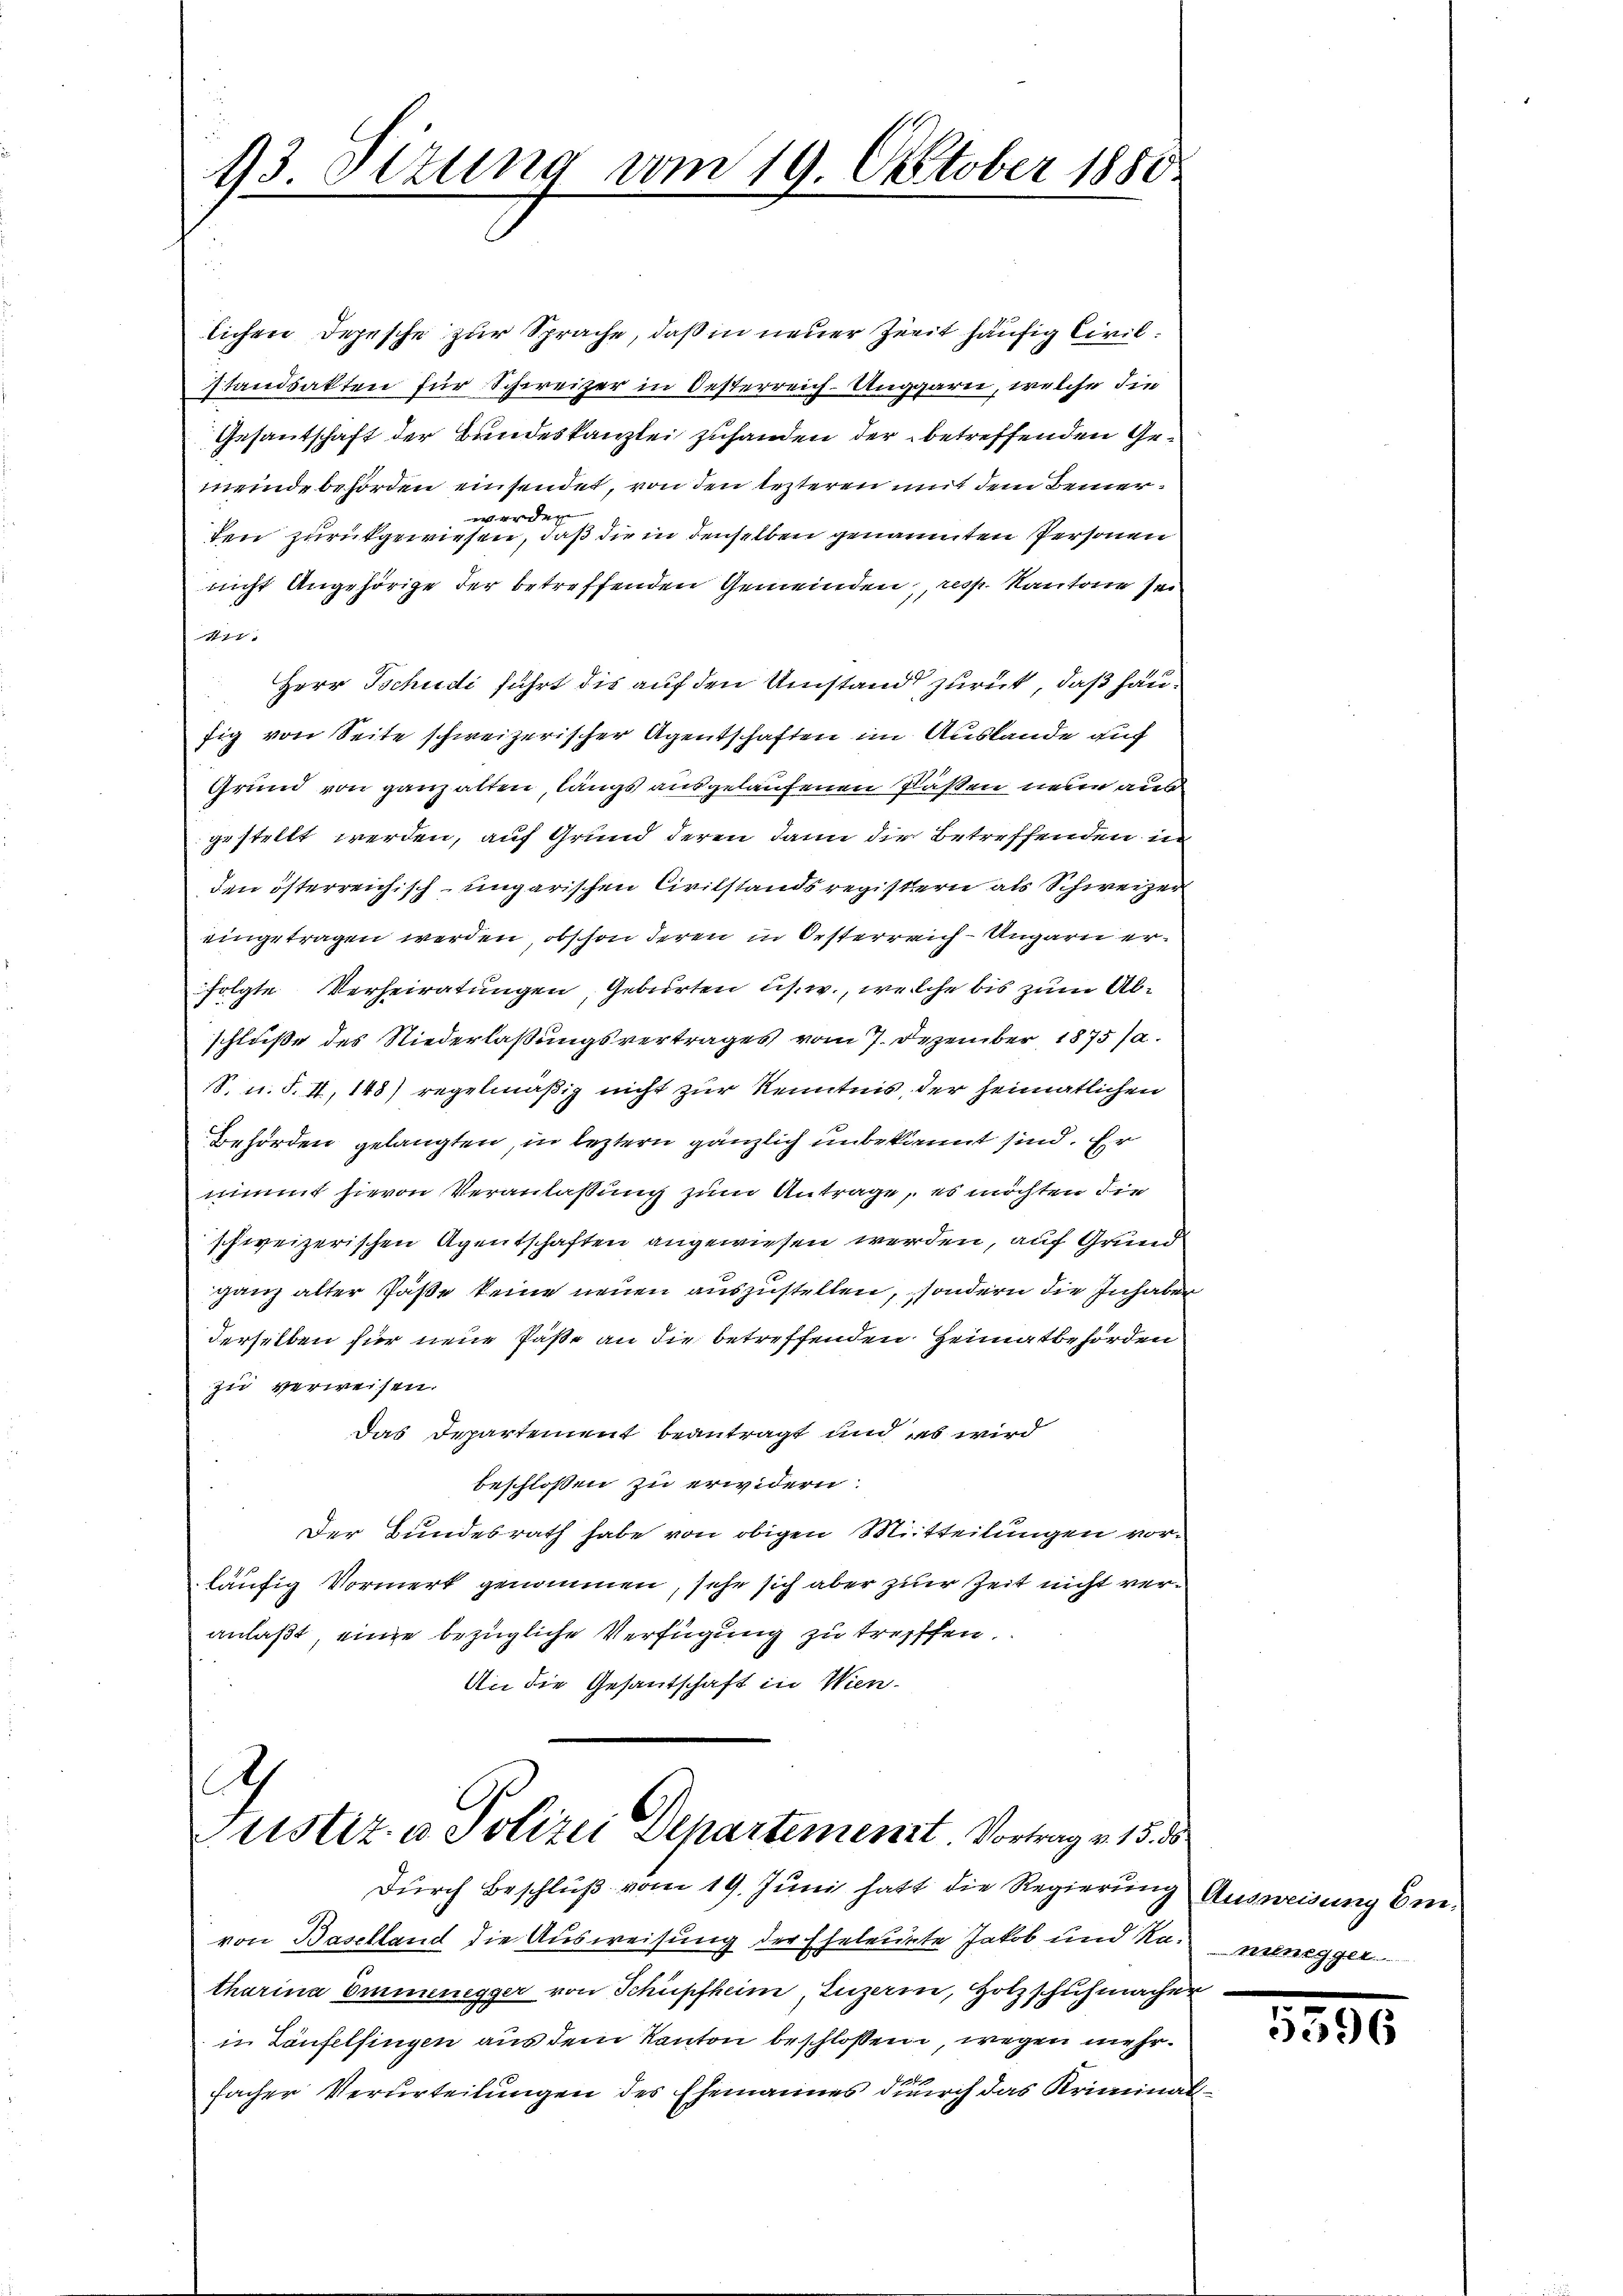
13. Situng vom 19. Oktober 1850.

Ah
l
Justiz u. Polizei Departement. Vortrag v. 15. ds.
Durch Beschluß vom 19. Juni hatt die Regierung Ausweisung bei¬

lichen Depesche zur Sprache, daß in neuer Zeit häufig Civilstandsakten für Schweizer in Oesterreich-Unggarn, welche die
Gesantschaft der Bundeskanzlei zuhanden der betreffenden Gemeindebehörden einsendet, von den lezteren mit dem Bemer¬

den zurückgewiesen, daß die in denselben genannten Personen
nicht Angehörige der betreffenden Gemeinden, resp. Kantone sei
4
Herr Tschudi führt die auf den Umstand zurück, daß haufig von Seite schweizerischer Agentschaften im Auslande auf
Grund von ganz alten, längs ausgelaufenen Flästen neue aus
gestellt werden, auf Grund deren dann die Betreffenden in
den österreichisch-ungarischen Civilstandsregistern als Schweizer
eingetragen werden, obschon deren in Orsterreich - Ungarn erfolgte Verheiratungen, Geburten us. w., welche bis zum Abschluße des Niederlaßungsvertrages vom 7. Dezember 1875 sa
S. n. F. II, 148) regelmäßig nicht zur Kenntnis, der heimatlichen
Behörden gelangten, in leztern gänzlich unbekannt sind. Er
nimmt hievon Veranlaßung zum Antrage, es möchten die
schweizerischen Agentschaften angewiesen werden, auf Grund
ganz alter Päße keine neuen auszustellen, sondern die Inhaber
derselben für neue Paße an die betreffenden Heimatbehörden
zu verweisen.
Das Departement beantragt und es wird
beschlossen zu erwidern.
Der Bundesrath habe von obigen Mitteilungen vorläufig Vormerk genommen, sehe sich aber zur Zeit nicht veranlaßt, einze bezügliche Verfügung zu treffen.
An die Gesantschaft in Wien-

von Baselland die Ausweisung der Eheleute Jakob und Namen gle
tharina Emmenegger von Schüpfheim, Luzern, Holzschuhmacher
in Laufelfingen aus dem Kanton beschlossen, wegen mehrde
facher Verurteilungen des Ehemannes durch das Kriminal¬

5596